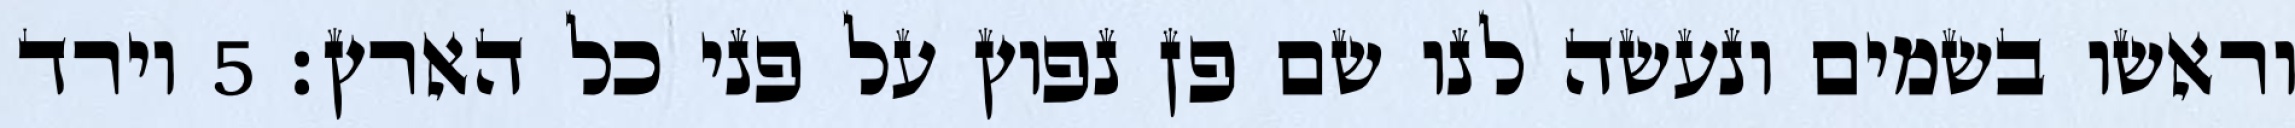
וראשו בשמים ונעשה לנו שם פן נפוץ על פני כל הארץ׃ ‎5‏ וירד